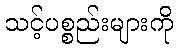
သင့်ပစ္စည်းများကို